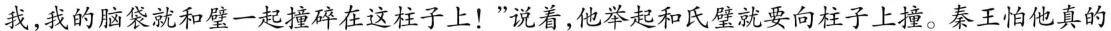
我，我的脑袋就和壁一起撞碎在这柱子上！”说着，他举起和氏璧就要向柱子上撞。秦王怕他真的